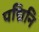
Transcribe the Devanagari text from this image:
पद्मिनि